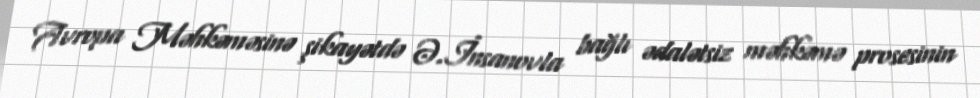
Avropa Məhkəməsinə şikayətdə Ə.İnsanovla bağlı ədalətsiz məhkəmə prosesinin